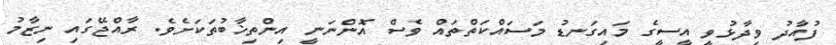
ފުއާދު ވިދާޅުވީ އީސީގެ މައިގަނޑު މަސައްކަތްތައް ވެސް އޮންނަނީ އިންތިޚާބުތަކަށެވެ. ރާއްޖޭގައި ނިޒާމު